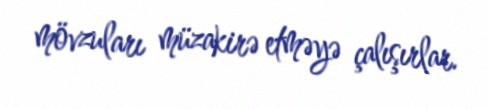
mövzuları müzakirə etməyə çalışırlar.